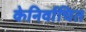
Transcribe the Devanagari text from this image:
केनिर्वाचित